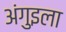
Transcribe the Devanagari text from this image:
अंगुइला